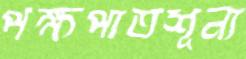
পক্ষপাতশূন্য